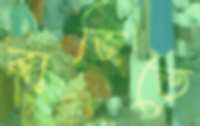
বাজিতে